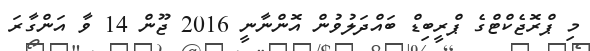
މި ޕްރޮޖެކްޓްގެ ޕްރީބިޑް ބައްދަލުވުން އޮންނާނީ 2016 ޖޫން 14 ވާ އަންގާރަ